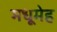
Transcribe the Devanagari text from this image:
मधूमेह